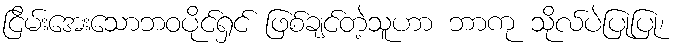
ငြိမ်းအေးသောဘဝပိုင်ရှင် ဖြစ်ချင်တဲ့သူဟာ ဘာကု သိုလ်ပဲပြုပြု၊